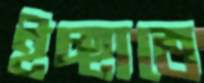
ইচ্ছাতে